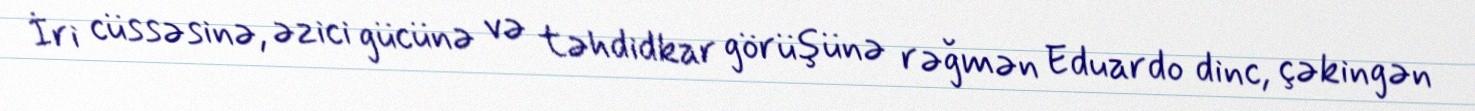
İri cüssəsinə, əzici gücünə və təhdidkar görüşünə rəğmən Eduardo dinc, çəkingən